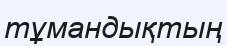
тұмандықтың